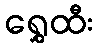
ရွှေထီး